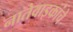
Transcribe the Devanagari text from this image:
नातेवाइकांचे